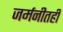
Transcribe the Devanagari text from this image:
जर्मनीतही